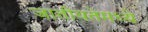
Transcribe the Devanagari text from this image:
जातीयतेमध्ये